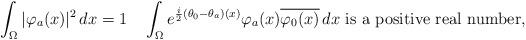
LaTeX: \begin{align*} \int_\Omega |\varphi_a(x)|^2\,dx=1 \quad \int_\Omega e^{\frac i2(\theta_0-\theta_a)(x)}\varphi_a(x)\overline{\varphi_0(x)}\,dx\text{ is a positive real number},\end{align*}